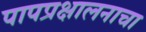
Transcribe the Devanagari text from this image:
पापप्रक्षालनाचा